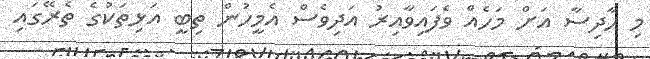
މި ހާދިސާ އަށް މަހެއް ވެފައިވާއިރު އަދިވެސް އެމީހުން ތިބީ އަޅިތަކުގެ ތެރޭގައި